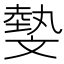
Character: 𣁞